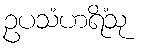
ဥပသံဟရိံသု